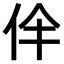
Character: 𠇫